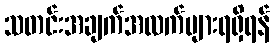
သတင်းအချက်အလက်များရရှိရန်